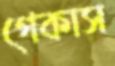
গেকাস